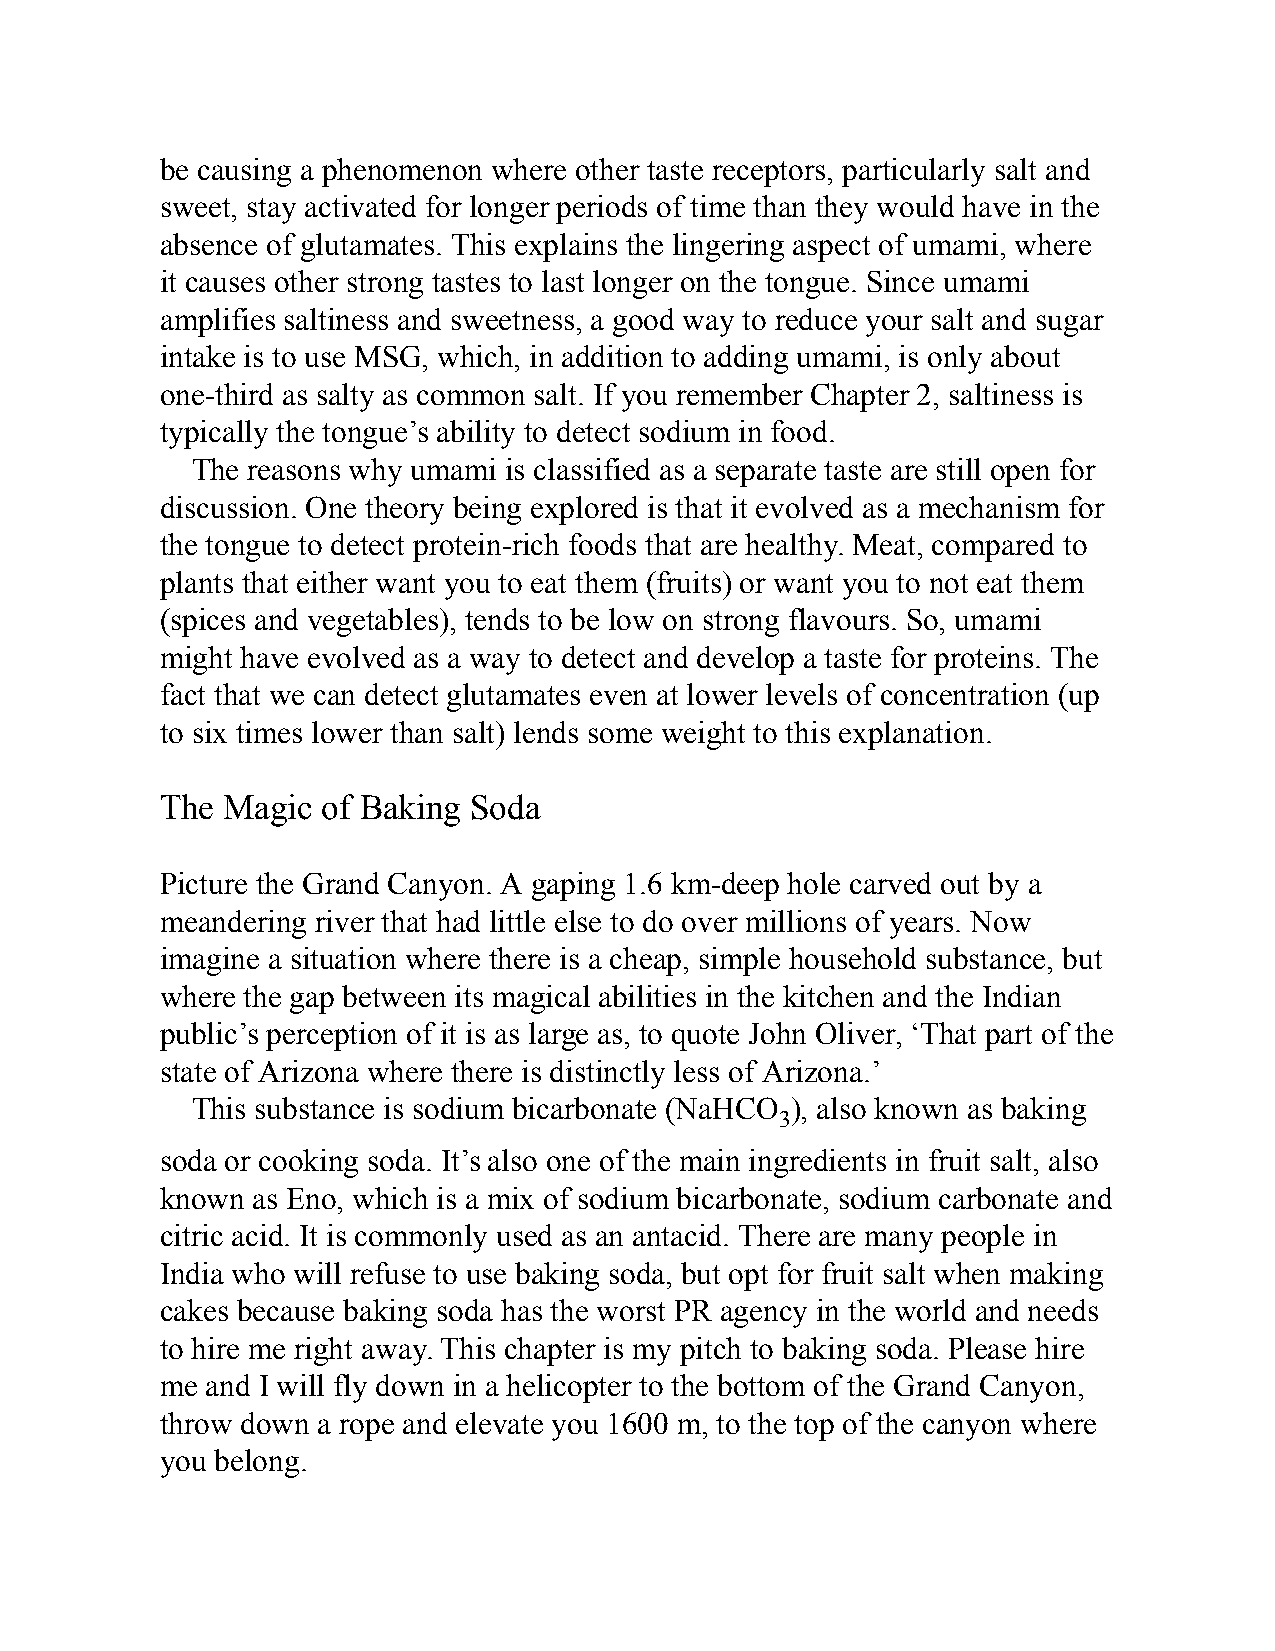
be causing a phenomenon where other taste receptors, particularly salt and
 sweet, stay activated for longer periods of time than they would have in the
 absence of glutamates. This explains the lingering aspect of umami, where
 it causes other strong tastes to last longer on the tongue. Since umami
 amplifies saltiness and sweetness, a good way to reduce your salt and sugar
 intake is to use MSG, which, in addition to adding umami, is only about
 one-third as salty as common salt. If you remember Chapter 2, saltiness is
 typically the tongue’s ability to detect sodium in food.
 The reasons why umami is classified as a separate taste are still open for
 discussion. One theory being explored is that it evolved as a mechanism for
 the tongue to detect protein-rich foods that are healthy. Meat, compared to
 plants that either want you to eat them (fruits) or want you to not eat them
 (spices and vegetables), tends to be low on strong flavours. So, umami
 might have evolved as a way to detect and develop a taste for proteins. The
 fact that we can detect glutamates even at lower levels of concentration (up
 to six times lower than salt) lends some weight to this explanation.
 The Magic of Baking Soda
 Picture the Grand Canyon. A gaping 1.6 km-deep hole carved out by a
 meandering river that had little else to do over millions of years. Now
 imagine a situation where there is a cheap, simple household substance, but
 where the gap between its magical abilities in the kitchen and the Indian
 public’s perception of it is as large as, to quote John Oliver, ‘That part of the
 state of Arizona where there is distinctly less of Arizona.’
 This substance is sodium bicarbonate (NaHCO ), also known as baking
 3
 soda or cooking soda. It’s also one of the main ingredients in fruit salt, also
 known as Eno, which is a mix of sodium bicarbonate, sodium carbonate and
 citric acid. It is commonly used as an antacid. There are many people in
 India who will refuse to use baking soda, but opt for fruit salt when making
 cakes because baking soda has the worst PR agency in the world and needs
 to hire me right away. This chapter is my pitch to baking soda. Please hire
 me and I will fly down in a helicopter to the bottom of the Grand Canyon,
 throw down a rope and elevate you 1600 m, to the top of the canyon where
 you belong.